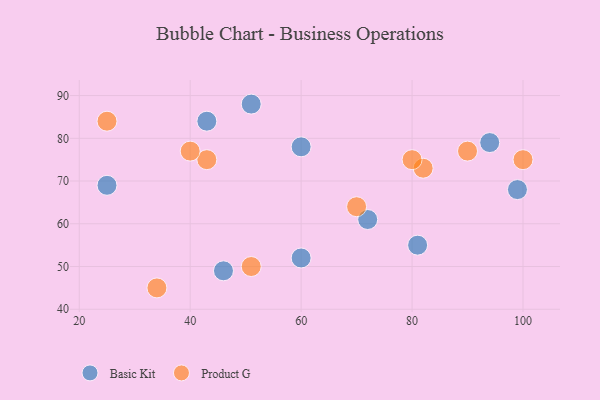
{"axis": {"x": "GDP", "y": "Life Expectancy"}, "legend": ["Basic Kit", "Product G"], "data": [{"x": "46", "y": 49, "type": "Basic Kit"}, {"x": "99", "y": 68, "type": "Basic Kit"}, {"x": "60", "y": 52, "type": "Basic Kit"}, {"x": "94", "y": 79, "type": "Basic Kit"}, {"x": "60", "y": 78, "type": "Basic Kit"}, {"x": "43", "y": 84, "type": "Basic Kit"}, {"x": "72", "y": 61, "type": "Basic Kit"}, {"x": "81", "y": 55, "type": "Basic Kit"}, {"x": "25", "y": 69, "type": "Basic Kit"}, {"x": "51", "y": 88, "type": "Basic Kit"}, {"x": "34", "y": 45, "type": "Product G"}, {"x": "25", "y": 84, "type": "Product G"}, {"x": "43", "y": 75, "type": "Product G"}, {"x": "51", "y": 50, "type": "Product G"}, {"x": "90", "y": 77, "type": "Product G"}, {"x": "82", "y": 73, "type": "Product G"}, {"x": "80", "y": 75, "type": "Product G"}, {"x": "100", "y": 75, "type": "Product G"}, {"x": "70", "y": 64, "type": "Product G"}, {"x": "40", "y": 77, "type": "Product G"}]}